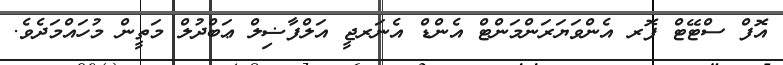
އޮފް ސްޓޭޓް ފޮރ އެންވަޔަރަންމަންޓް އެންޑް އެނަރޖީ އަލްފާޟިލް ޢަބްދުލް މަތީން މުހައްމަދެވެ.